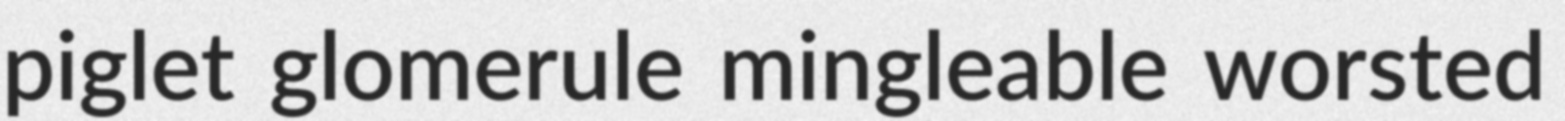
piglet glomerule mingleable worsted